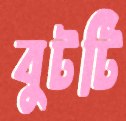
বুটটি